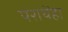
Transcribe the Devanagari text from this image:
पराथेंहा